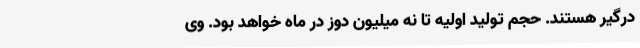
درگیر هستند. حجم تولید اولیه تا نه میلیون دوز در ماه خواهد بود. وی